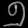
Digit: ၅